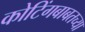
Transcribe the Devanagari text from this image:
कोटिंगबाबतच्या